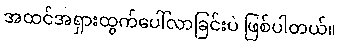
အထင်အရှားထွက်ပေါ်လာခြင်းပဲ ဖြစ်ပါတယ်။